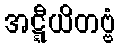
အဋ္ဋီယိတဗ္ဗံ